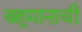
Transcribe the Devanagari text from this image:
बहुमानाची